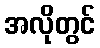
အလိုတွင်